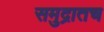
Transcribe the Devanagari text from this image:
समुद्रातच